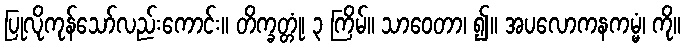
ပြုလိုကုန်သော်လည်းကောင်း။ တိက္ခတ္တုံ၊ ၃ ကြိမ်။ သာဝေတာ၊ ၍။ အပလောကနကမ္မံ၊ ကို။